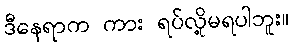
ဒီနေရာက ကား ရပ်လို့မရပါဘူး။